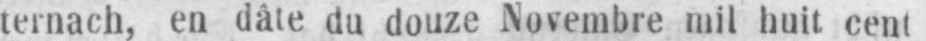
ternach, en dâte du douze Novembre mil huit cent